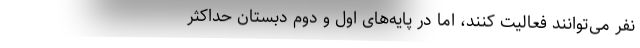
نفر می‌توانند فعالیت کنند، اما در پایه‌های اول و دوم دبستان حداکثر